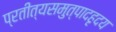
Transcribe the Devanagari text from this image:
प्रतीत्यसमुत्पादहृदय